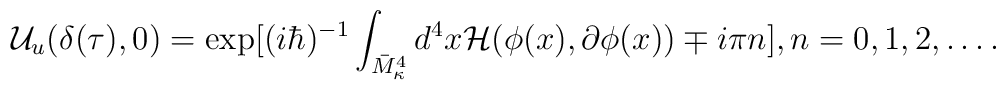
{\cal U}_u (\delta(\tau), 0) = \exp[ (i\hbar)^{-1} \int_{\bar{M}^4_\kappa} d^4x {\cal H}(\phi(x), \partial \phi (x)) \mp i\pi n ], n=0, 1, 2, \ldots .